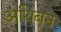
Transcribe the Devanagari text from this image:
अथिबन